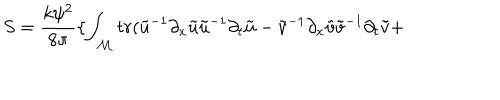
LaTeX: S = \frac { k \psi ^ { 2 } } { 8 \pi } \{ \int _ { \cal M } t r ( \tilde { u } ^ { - 1 } \partial _ { x } \tilde { u } \tilde { u } ^ { - 1 } \partial _ { t } \tilde { u } - \tilde { v } ^ { - 1 } \partial _ { x } \tilde { v } \tilde { v } ^ { - 1 } \partial _ { t } \tilde { v } +